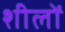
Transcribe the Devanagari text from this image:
शीलों